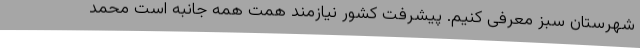
شهرستان سبز معرفی کنیم. پیشرفت کشور نیازمند همت همه جانبه است محمد